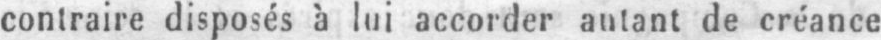
contraire disposés à lui accorder autant de créance